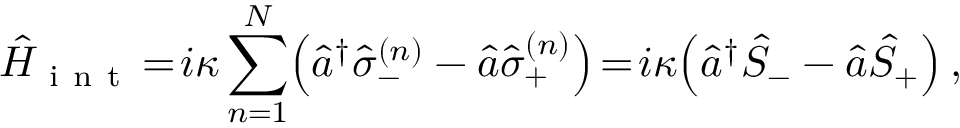
\hat { H } _ { \mathrm { ~ i ~ n ~ t ~ } } \! = \! i \kappa \sum _ { n = 1 } ^ { N } \! \left( \hat { a } ^ { \dag } \hat { \sigma } _ { - } ^ { ( n ) } - \hat { a } \hat { \sigma } _ { + } ^ { ( n ) } \right) \! = \! i \kappa \! \left( \hat { a } ^ { \dag } \hat { S } _ { - } - \hat { a } \hat { S } _ { + } \right) ,